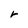
Character: r